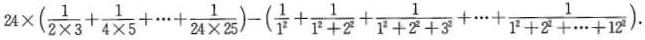
24 \times(\frac{1}{2 \times 3}+ \frac{1}{4 \times 5}+ \cdots + \frac{1}{24 \times 25})-(\frac{1}{1^{2}}+ \frac{1}{1^{2}+2^{2}}+ \frac{1}{1^{2}+2^{2}+3^{2}}+ \cdots + \frac{1}{1^{2}+2^{2}+ \cdots +12^{2}}).